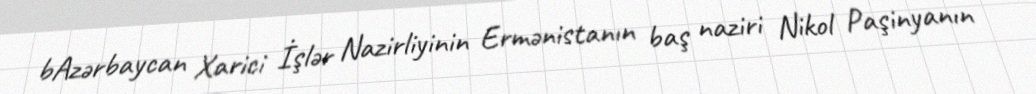
bAzərbaycan Xarici İşlər Nazirliyinin Ermənistanın baş naziri Nikol Paşinyanın